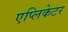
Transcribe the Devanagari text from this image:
एप्लिकेटर